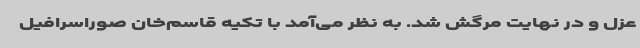
عزل و در نهایت مرگش شد. به ‌نظر می‌آمد با تکیه قاسم‌خان صوراسرافیل